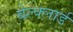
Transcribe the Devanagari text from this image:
बेल्क्लार्ड